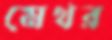
মেথর